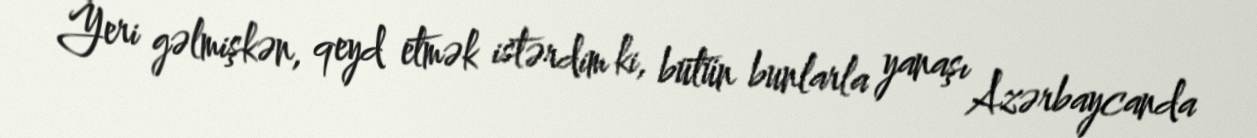
Yeri gəlmişkən, qeyd etmək istərdim ki, bütün bunlarla yanaşı Azərbaycanda